Indian journal of veterinary science and animal husbandry - Volumes 15-17, 1948-1951
Year: 1948
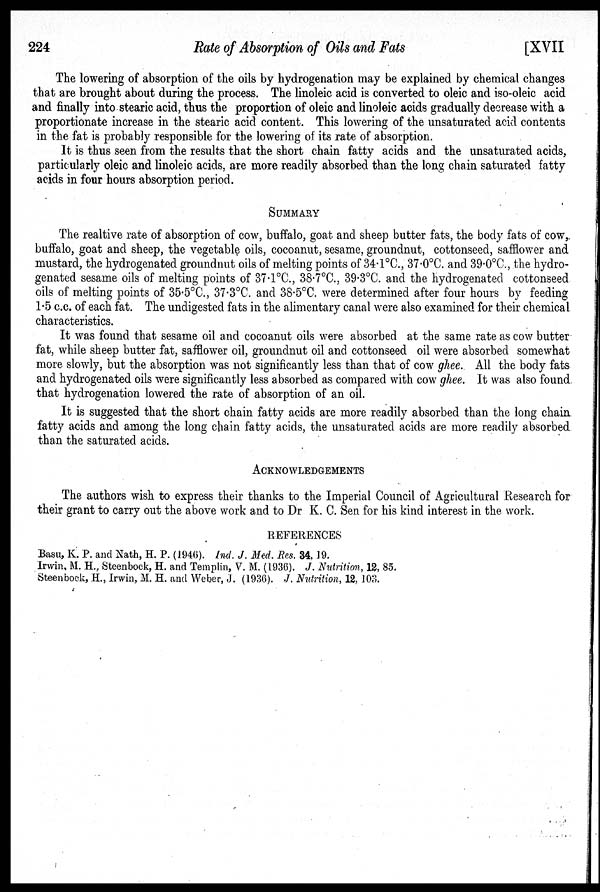
224
Rate
of Absorption of Oils and Fats
[XVII
The lowering of absorption of the oils by hydrogenation may be explained by chemical changes
that are brought about during the process. The linoleic acid is converted to oleic and iso-oleic acid
and finally into stearic acid, thus the proportion of oleic and linoleic acids gradually decrease with a
proportionate increase in the stearic acid content. This lowering of the unsaturated acid contents
in the fat is probably responsible for the lowering of its rate of absorption.
It is thus seen from the results that the short chain fatty acids and the unsaturated acids,
particularly oleic and linoleic acids, are more readily absorbed than the long chain saturated fatty
acids in four hours absorption period.
SUMMARY
The realtive rate of absorption of cow, buffalo, goat and sheep butter fats, the body fats of cow,
buffalo, goat and sheep, the vegetable oils, cocoanut, sesame, groundnut, cottonseed, safflower and
mustard, the hydrogenated groundnut oils of melting points of 34.1°C., 37.0°C. and 39.0°C., the hydro-
genated sesame oils of melting points of 37.1°C., 38.7°C., 39.3°C. and the hydrogenated cottonseed
oils of melting points of 35.5°C., 37.3°C. and 38.5°C. were determined after four hours by feeding
1.5 c.c. of each fat. The undigested fats in the alimentary canal were also examined for their chemical
characteristics.
It was found that sesame oil and cocoanut oils were absorbed at the same rate as cow butter
fat, while sheep butter fat, safflower oil, groundnut oil and cottonseed oil were absorbed somewhat
more slowly, but the absorption was not significantly less than that of cow ghee. All the body fats
and hydrogenated oils were significantly less absorbed as compared with cow ghee. It was also found
that hydrogenation lowered the rate of absorption of an oil.
It is suggested that the short chain fatty acids are more readily absorbed than the long chain
fatty acids and among the long chain fatty acids, the unsaturated acids are more readily absorbed
than the saturated acids.
ACKNOWLEDGEMENTS
The authors wish to express their thanks to the Imperial Council of Agricultural Research for
their grant to carry out the above work and to Dr K. C. Sen for his kind interest in the work.
REFERENCES
Basu, K. P. and Nath, H. P. (1946). Ind. J. Med. Res. 34, 19.
Irwin, M. H., Steenbock, H. and Templin, V. M. (1936). J. Nutrition, 12, 85.
Steenbock, H., Irwin, M. H. and Weber, J. (1936). J. Nutrition, 12, 103.